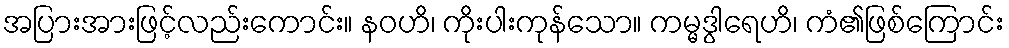
အပြားအားဖြင့်လည်းကောင်း။ နဝဟိ၊ ကိုးပါးကုန်သော။ ကမ္မဒွါရေဟိ၊ ကံ၏ဖြစ်ကြောင်း